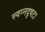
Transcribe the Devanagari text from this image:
स्वप्नदृषटा